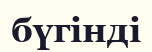
бүгінді